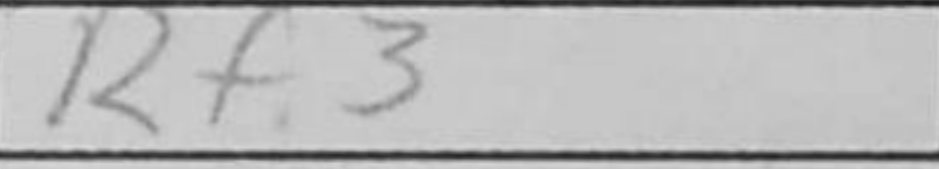
Transcription: Rf3